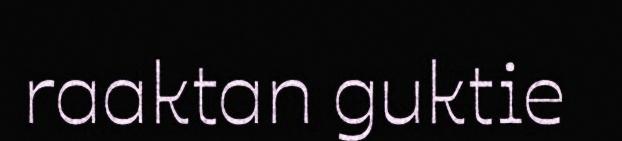
raaktan guktie